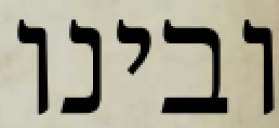
ובינו